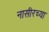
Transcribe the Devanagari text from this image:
नासीरच्या